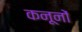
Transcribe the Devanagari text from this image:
कनूनों